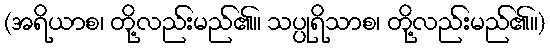
(အရိယာစ၊ တို့လည်းမည်၏။ သပ္ပုရိသာစ၊ တို့လည်းမည်၏။)